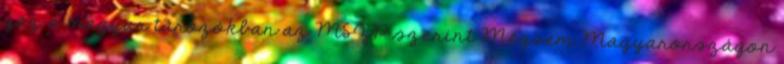
gáz a magyar tározókban az MSZP szerint Mégsem Magyarországon